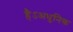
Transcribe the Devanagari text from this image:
हैऽअधुनिक